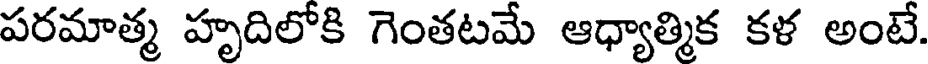
పరమాత్మ హృదిలోకి గెంతటమే ఆధ్యాత్మిక కళ అంటే.